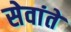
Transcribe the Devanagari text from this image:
सेवांते